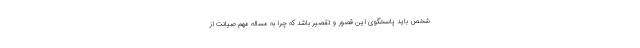
شخص باید پاسخگوی این قصور و تقصیر باشد که چرا به مساله مهم صیانت از